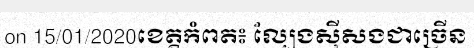
on 15/01/2020ខេត្តកំពត៖ ល្បែងស៊ីសងជាច្រើន